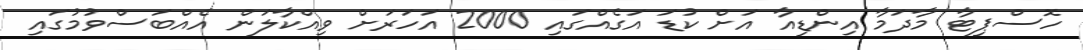
ހޮސްޕިޓާ މާދަމާ އިންޑިއާ އަށް ކުޑަ އަގެއްގައި 2000 އަހަރަށް ވިއްކާލަން އެއްބަސްވުމުގައި